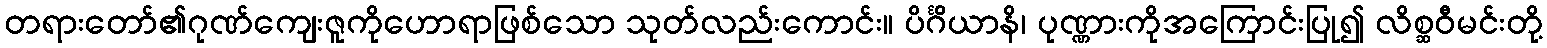
တရားတော်၏ဂုဏ်ကျေးဇူကိုဟောရာဖြစ်သော သုတ်လည်းကောင်း။ ပိင်္ဂိယာနိ၊ ပုဏ္ဏားကိုအကြောင်းပြု၍ လိစ္ဆဝီမင်းတို့